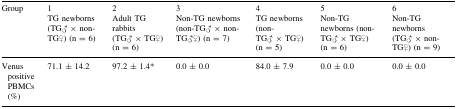
| <ROWSPAN=2> Group | 1 | 2 | 3 | 4 | 5 | 6 |
 | TG newborns (TG♂ × non-TG♀) (n = 6) | Adult TG rabbits (TG♂ × TG♀) (n = 6) | Non-TG newborns (non-TG♂ × non-TG♂♀) (n = 7) | TG newborns (non-TG♂ × TG♀) (n = 5) | Non-TG newborns (non-TG♂ × TG♀) (n = 6) | Non-TG newborns (TG♂ × non-TG♀) (n = 9) |
 | --- | --- | --- | --- | --- | --- | --- |
 | Venus positive PBMCs (%) | 71.1 ± 14.2 | 97.2 ± 1.4* | 0.0 ± 0.0 | 84.0 ± 7.9 | 0.0 ± 0.0 | 0.0 ± 0.0 |